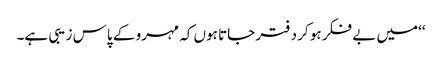
‘‘میں بے فکر ہو کر دفتر جاتا ہوں کہ مہرو کے پاس زیبی ہے۔